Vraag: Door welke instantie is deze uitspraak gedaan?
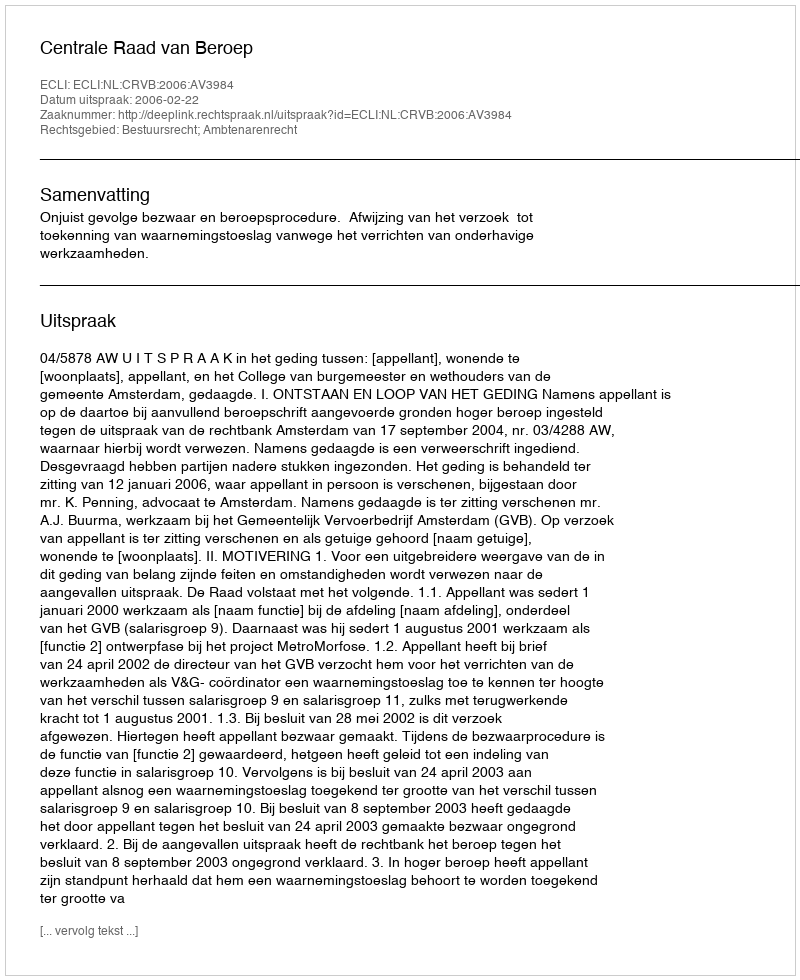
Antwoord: Centrale Raad van Beroep